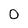
Character: 0